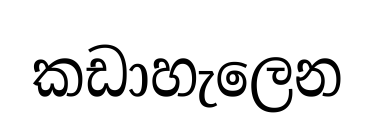
කඩාහැලෙන